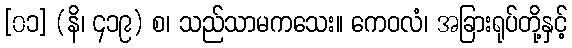
[၀၁] (နိ၊ ၄၁၉) စ၊ သည်သာမကသေး။ ကေဝလံ၊ အခြားရုပ်တို့နှင့်